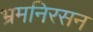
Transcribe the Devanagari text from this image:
भ्रमनिरसन